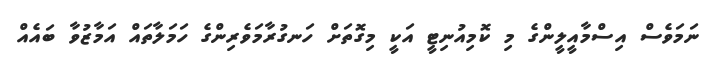
ނަމަވެސް އިސްމާއީލީންގެ މި ކޮމިއުނިޓީ އަކީ މިގޮތަށް ހަނގުރާމަވެރިންގެ ހަމަލާތައް އަމާޒުވާ ބައެއް